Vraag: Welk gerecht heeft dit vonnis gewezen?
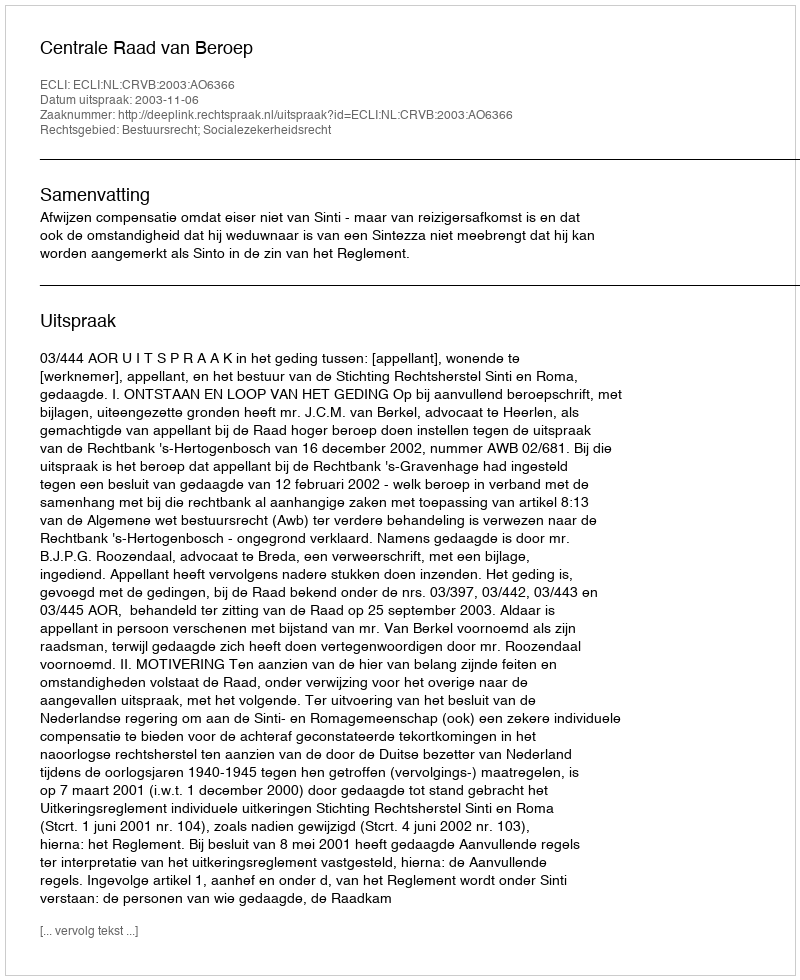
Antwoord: Centrale Raad van Beroep